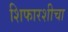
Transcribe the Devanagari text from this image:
शिफारशीचा